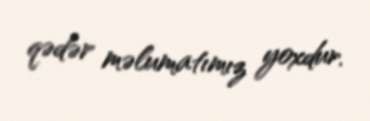
qədər məlumatımız yoxdur.